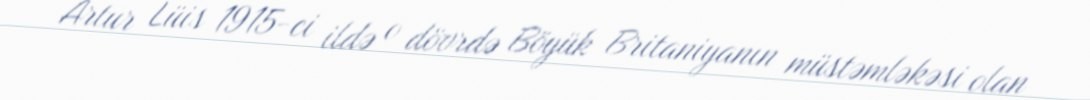
Artur Lüis 1915-ci ildə o dövrdə Böyük Britaniyanın müstəmləkəsi olan